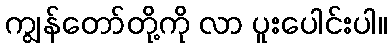
ကျွန်တော်တို့ကို လာ ပူးပေါင်းပါ။